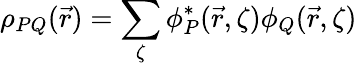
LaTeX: \rho_{PQ}(\vec{r})=\sum_{\zeta}\phi_{P}^{*}(\vec{r},\zeta)\phi_{Q}(\vec{r},\zeta)